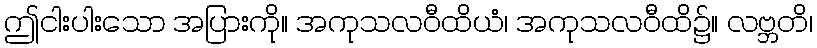
ဤငါးပါးသော အပြားကို။ အကုသလဝီထိယံ၊ အကုသလဝီထိ၌။ လဗ္ဘတိ၊